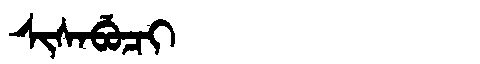
Manchu: ᠰᡳᠰᠠᠪᡠᠴᡳ
Romanization: SISABUCI